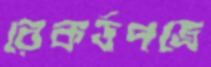
রেকর্ডপত্রে